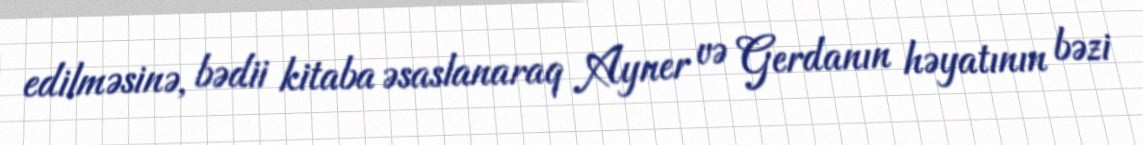
edilməsinə, bədii kitaba əsaslanaraq Ayner və Gerdanın həyatının bəzi